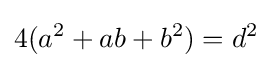
4(a^{2}+ab+b^{2})=d^{2}